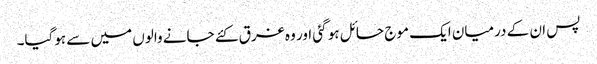
پس ان کے درمیان ایک موج حائل ہو گئی اور وہ غرق کئے جانے والوں میں سے ہوگیا۔